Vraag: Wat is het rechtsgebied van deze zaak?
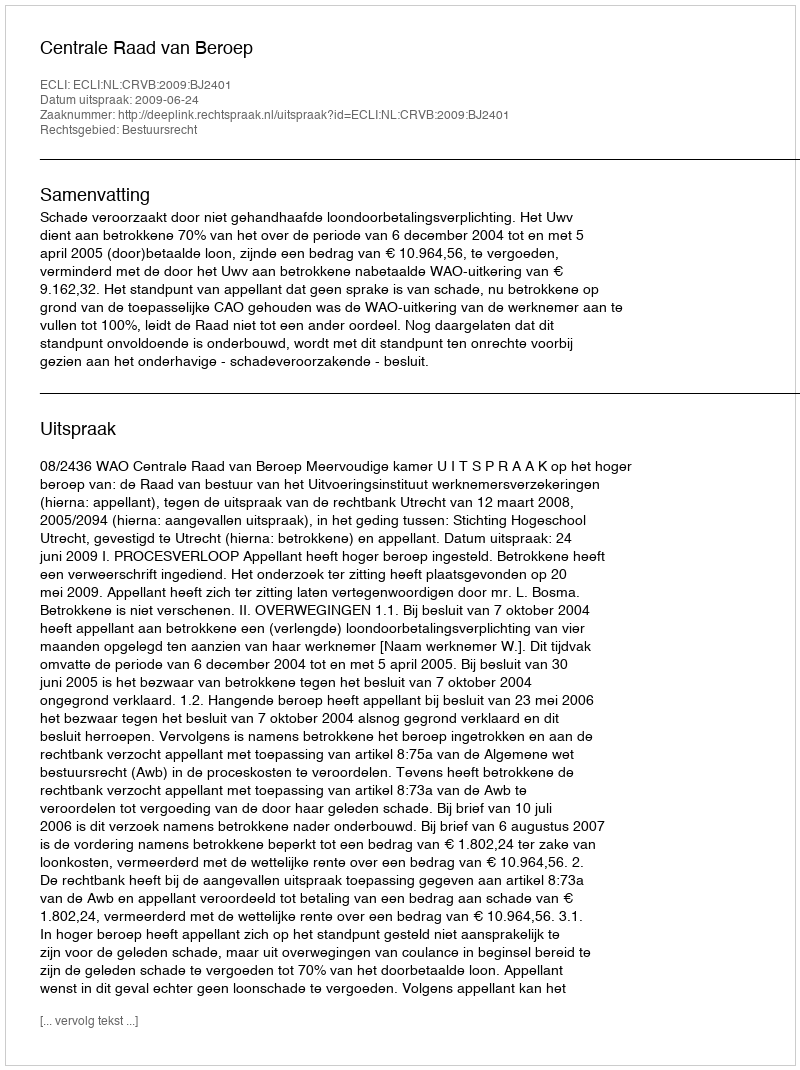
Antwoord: Bestuursrecht